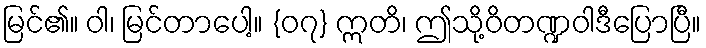
မြင်၏။ ဝါ၊ မြင်တာပေါ့။ {၀၇} ဣတိ၊ ဤသို့ဝိတဏ္ဍဝါဒီပြောပြီ။